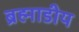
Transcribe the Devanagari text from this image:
ब्रह्माडीय